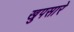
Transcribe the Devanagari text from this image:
खुपसारे